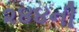
૨૪૪ની